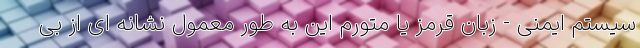
سیستم ایمنی - زبان قرمز یا متورم این به طور معمول نشانه ای از بی